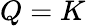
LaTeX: Q=K